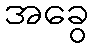
အခွေ